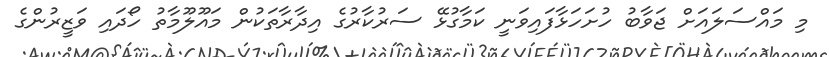
މި މައްސަލައަށް ޖަވާބު ހުށަހަޅާފައިވަނީ ކަމާގުޅޭ ސަރުކާރުގެ އިދާރާތަކުން މައޫލޫމާތު ހޯދައި ވަޒީރުންގެ